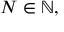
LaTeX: N \in \mathbb { N } ,